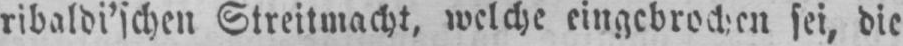
ribaldi’schen Streitmacht, welche eingebrochen sei, die